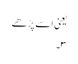
یعنی اسے پڑھے
۳۔